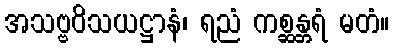
အသဗ္ဗဝိသယဋ္ဌာနံ၊ ရညံ ကစ္ဆန္တရံ မတံ။